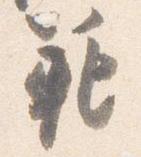
範